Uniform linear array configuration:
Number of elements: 48
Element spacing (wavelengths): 0.5
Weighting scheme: hann
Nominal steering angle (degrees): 15
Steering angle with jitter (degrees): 16.358
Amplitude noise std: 0.05
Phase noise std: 0.05

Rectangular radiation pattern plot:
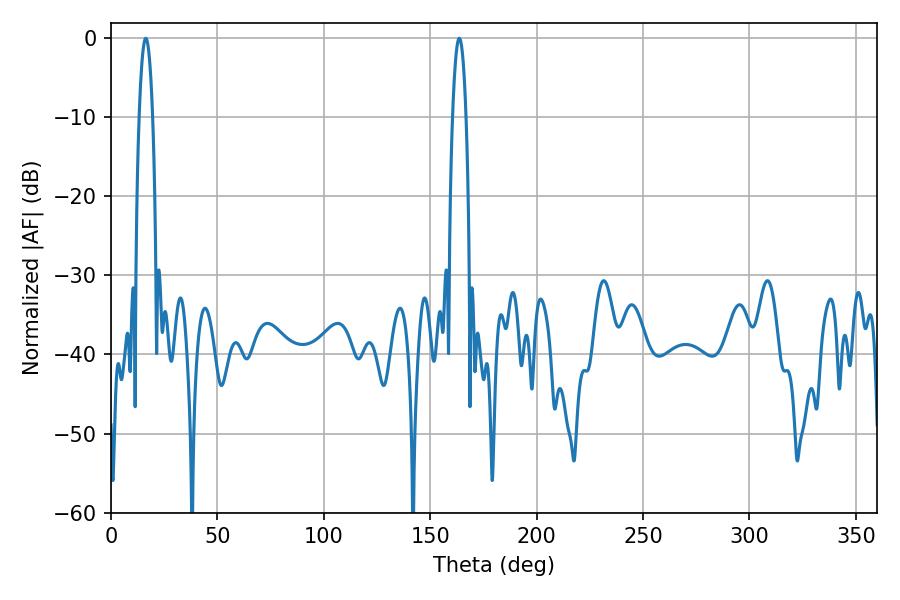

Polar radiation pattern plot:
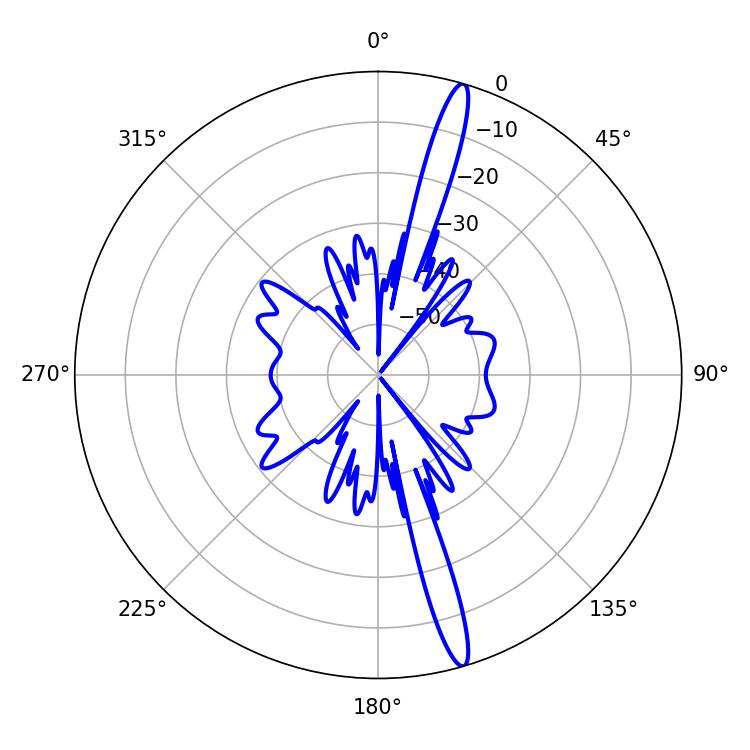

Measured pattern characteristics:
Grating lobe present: FALSE
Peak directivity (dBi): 17.302
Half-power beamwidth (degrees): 3.6
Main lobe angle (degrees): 16.38